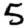
Digit: 5